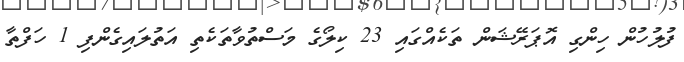
ފުުލުހުން ހިންގި އޮޕަރޭޝަން ތަކެއްގައި 23 ކިލޯގެ މަސްތުވާތަކެތި އަތުލައިގެންފި 1 ހަފްތާ